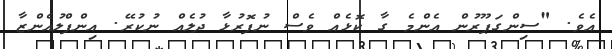
އެވެ. "ސިންގަޕޫރުން އެންމެ ގާ ކޮޅެއް ވެސް ނުފޮރުޅާ ދުލެއް ނުކުރޭ. އިންފްލުއެންޒާ